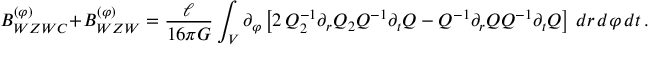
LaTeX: { \cal B } _ { W Z W C } ^ { ( \varphi ) } + { \cal B } _ { W Z W } ^ { ( \varphi ) } = \frac \ell { 1 6 \pi G } \int _ { \cal V } \partial _ { \varphi } \left[ 2 \, Q _ { 2 } ^ { - 1 } \partial _ { r } Q _ { 2 } Q ^ { - 1 } \partial _ { t } Q - Q ^ { - 1 } \partial _ { r } Q Q ^ { - 1 } \partial _ { t } Q \right] \, d r \, d \varphi \, d t \, .